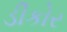
ડીકોર